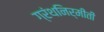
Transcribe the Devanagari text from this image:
ग्रंथनिर्मीती